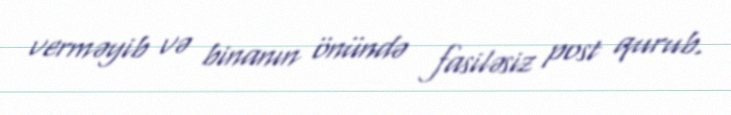
verməyib və binanın önündə fasiləsiz post qurub.